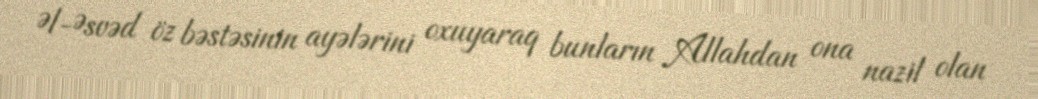
Əl-Əsvəd öz bəstəsinin ayələrini oxuyaraq bunların Allahdan ona nazil olan